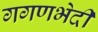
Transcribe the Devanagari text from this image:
गगणभेदी